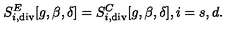
S _ { i , \tiny \mathrm { d i v } } ^ { E } [ g , \beta , \delta ] = S _ { i , \tiny \mathrm { d i v } } ^ { C } [ g , \beta , \delta ] , i = s , d .